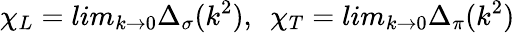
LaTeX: \chi_{L}=lim_{k\rightarrow 0}\Delta_{\sigma}(k^{2}),\ \ \chi_{T}=lim_{k\rightarrow 0}\Delta_{\pi}(k^{2})